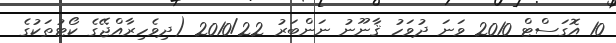
10 އޮގަސްޓް 2010 ވަނަ ދުވަހު ޤާނޫނު ނަންބަރު 2010/22 (ދިވެހިރާއްޖޭގެ ކޯޓުތަކުގެ